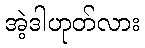
အဲ့ဒါဟုတ်လား